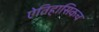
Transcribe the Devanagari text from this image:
ऐतिहासिकच